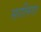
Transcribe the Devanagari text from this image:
सालिगा